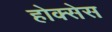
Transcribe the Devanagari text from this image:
होक्सेस